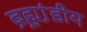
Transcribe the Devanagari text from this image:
ब्रह्म़ा़ंडीय